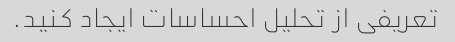
تعریفی از تحلیل احساسات ایجاد کنید.